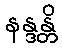
နန္ဒန္တိ